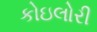
કોઇલોરી